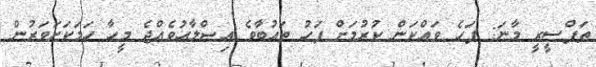
ތަފްސީރީ މާނަ: ފަހެ ވައްކަން ކުރުމަށް ފަހު ތައުބާވެ އިޞްލާޙުވެއްޖެ މީހާ ހަމަކަށަވަރުން